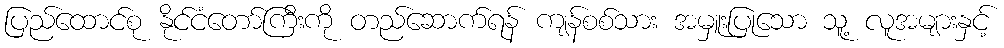
ပြည်ထောင်စု နိုင်ငံတော်ကြီးကို တည်ဆောက်ရန် ကျန်စစ်သား အမှူးပြုသော သူ့ လူအများနှင့်